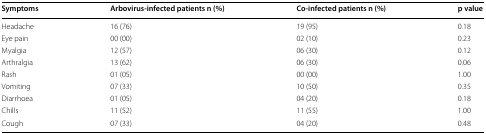
| Symptoms | Arbovirus-infected patients n (%) | Co-infected patients n (%) | p value |
 | --- | --- | --- | --- |
 | Headache | 16 (76) | 19 (95) | 0.18 |
 | Eye pain | 00 (00) | 02 (10) | 0.23 |
 | Myalgia | 12 (57) | 06 (30) | 0.12 |
 | Arthralgia | 13 (62) | 06 (30) | 0.06 |
 | Rash | 01 (05) | 00 (00) | 1.00 |
 | Vomiting | 07 (33) | 10 (50) | 0.35 |
 | Diarrhoea | 01 (05) | 04 (20) | 0.18 |
 | Chills | 11 (52) | 11 (55) | 1.00 |
 | Cough | 07 (33) | 04 (20) | 0.48 |